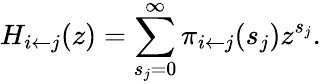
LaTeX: H_{i\leftarrow j}(z)=\sum_{s_{j}=0}^{\infty}\pi_{i\leftarrow j}(s_{j})z^{s_{j}}.